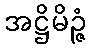
အဋ္ဌိမိဉ္ဇံ